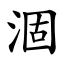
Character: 涸